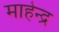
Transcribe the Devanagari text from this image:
माहेन्द्र